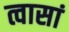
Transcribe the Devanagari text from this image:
त्वासां